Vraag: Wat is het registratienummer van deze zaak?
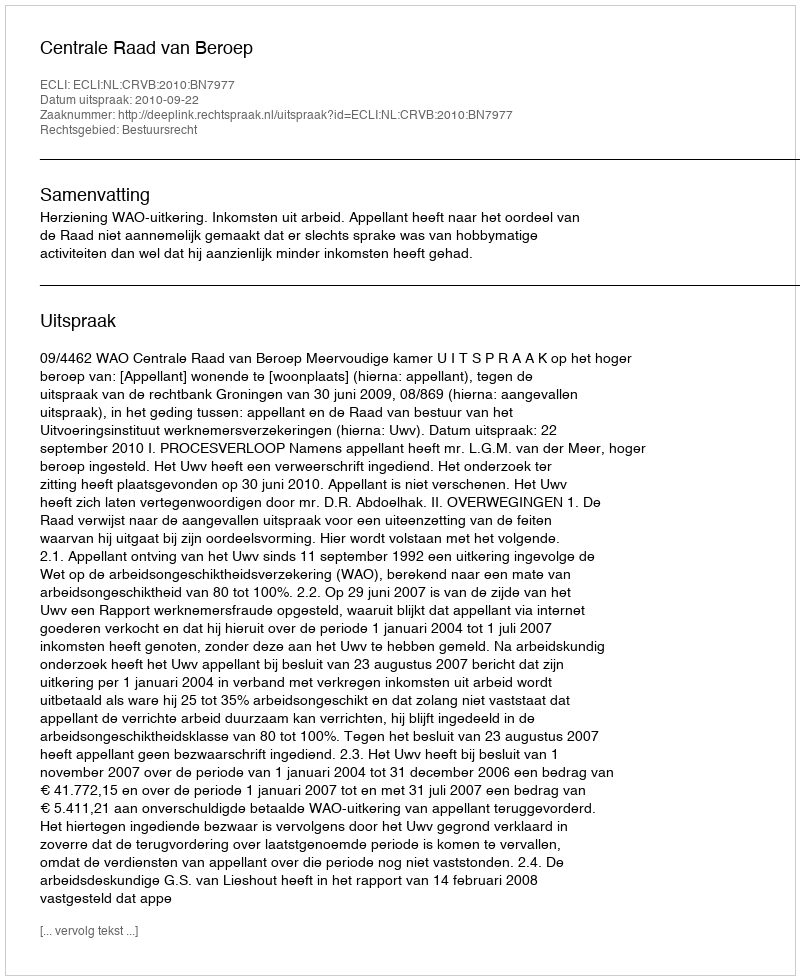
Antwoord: http://deeplink.rechtspraak.nl/uitspraak?id=ECLI:NL:CRVB:2010:BN7977